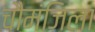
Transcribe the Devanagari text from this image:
चौमंजिला